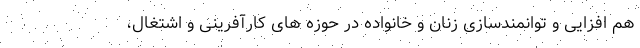
هم افزایی و توانمندسازی زنان و خانواده در حوزه های کارآفرینی و اشتغال،